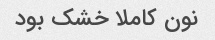
نون کاملا خشک بود